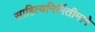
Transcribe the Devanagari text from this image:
साहित्यनिर्मितीमागे